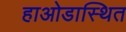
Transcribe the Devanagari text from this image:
हाओडास्थित